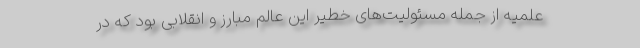
علمیه از جمله مسئولیت‌های خطیر این عالم مبارز و انقلابی بود که در